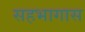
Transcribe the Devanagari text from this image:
सहभागास